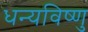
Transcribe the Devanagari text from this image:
धन्यविष्णु